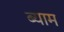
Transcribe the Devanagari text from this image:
ब्याम